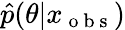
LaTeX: \hat{p}(\theta|x_{\mathrm{~o~b~s~}})